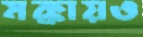
মক্কায়ও